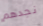
نجدهم